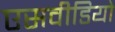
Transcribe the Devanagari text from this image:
एसवीडियो